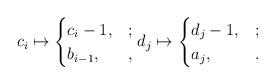
LaTeX: \begin{align*}c_i\mapsto\begin{cases}c_i-1, & ;\\b_{i-1}, & ,\end{cases}d_j\mapsto\begin{cases}d_j-1, & ;\\a_j, & .\end{cases}\end{align*}